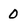
Character: 0